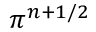
\pi ^ { n + 1 / 2 }